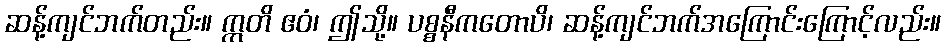
ဆန့်ကျင်ဘက်တည်း။ ဣတိ ဧဝံ၊ ဤသို့။ ပစ္စနီကတောပိ၊ ဆန့်ကျင်ဘက်အကြောင်းကြောင့်လည်း။